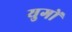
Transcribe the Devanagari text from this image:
युगाें